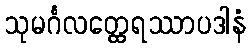
သုမင်္ဂလတ္ထေရဿာပဒါနံ